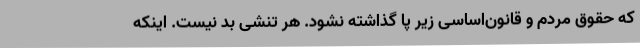
که حقوق مردم و قانون‌اساسی زیر پا گذاشته نشود. هر تنشی بد نیست. اینکه